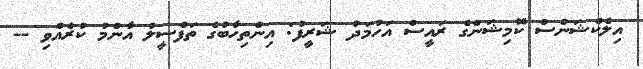
އިލެކްޝަންސް ކޮމިޝަންގެ ރައީސް އަހުމަދު ޝަރީފު: އިންތިހާބުގެ ތަފްސީލު އާންމު ކުރެއްވި --